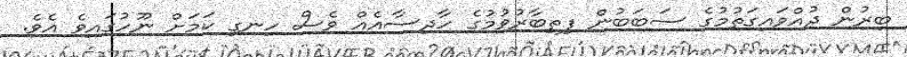
ބިރުން ދުއްވައިގަތުމުގެ ސަބަބުން ފިތިބާރުވުމުގެ ހާދިސާއެއް ވެސް ހިނގި ކަމަށް ނޫހުގައިވެ އެވެ.